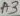
Text: A3